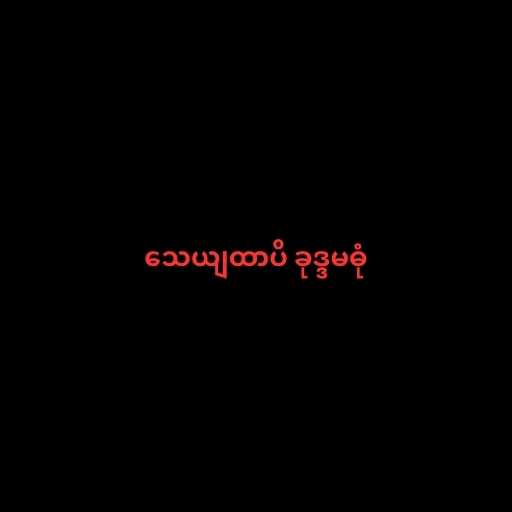
သေယျထာပိ ခုဒ္ဒမဓုံ